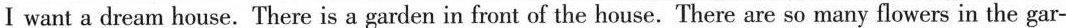
I want a dream house. There is a garden in front of the house. There are so many flowers in the gar-